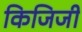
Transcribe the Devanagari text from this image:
किजिजी